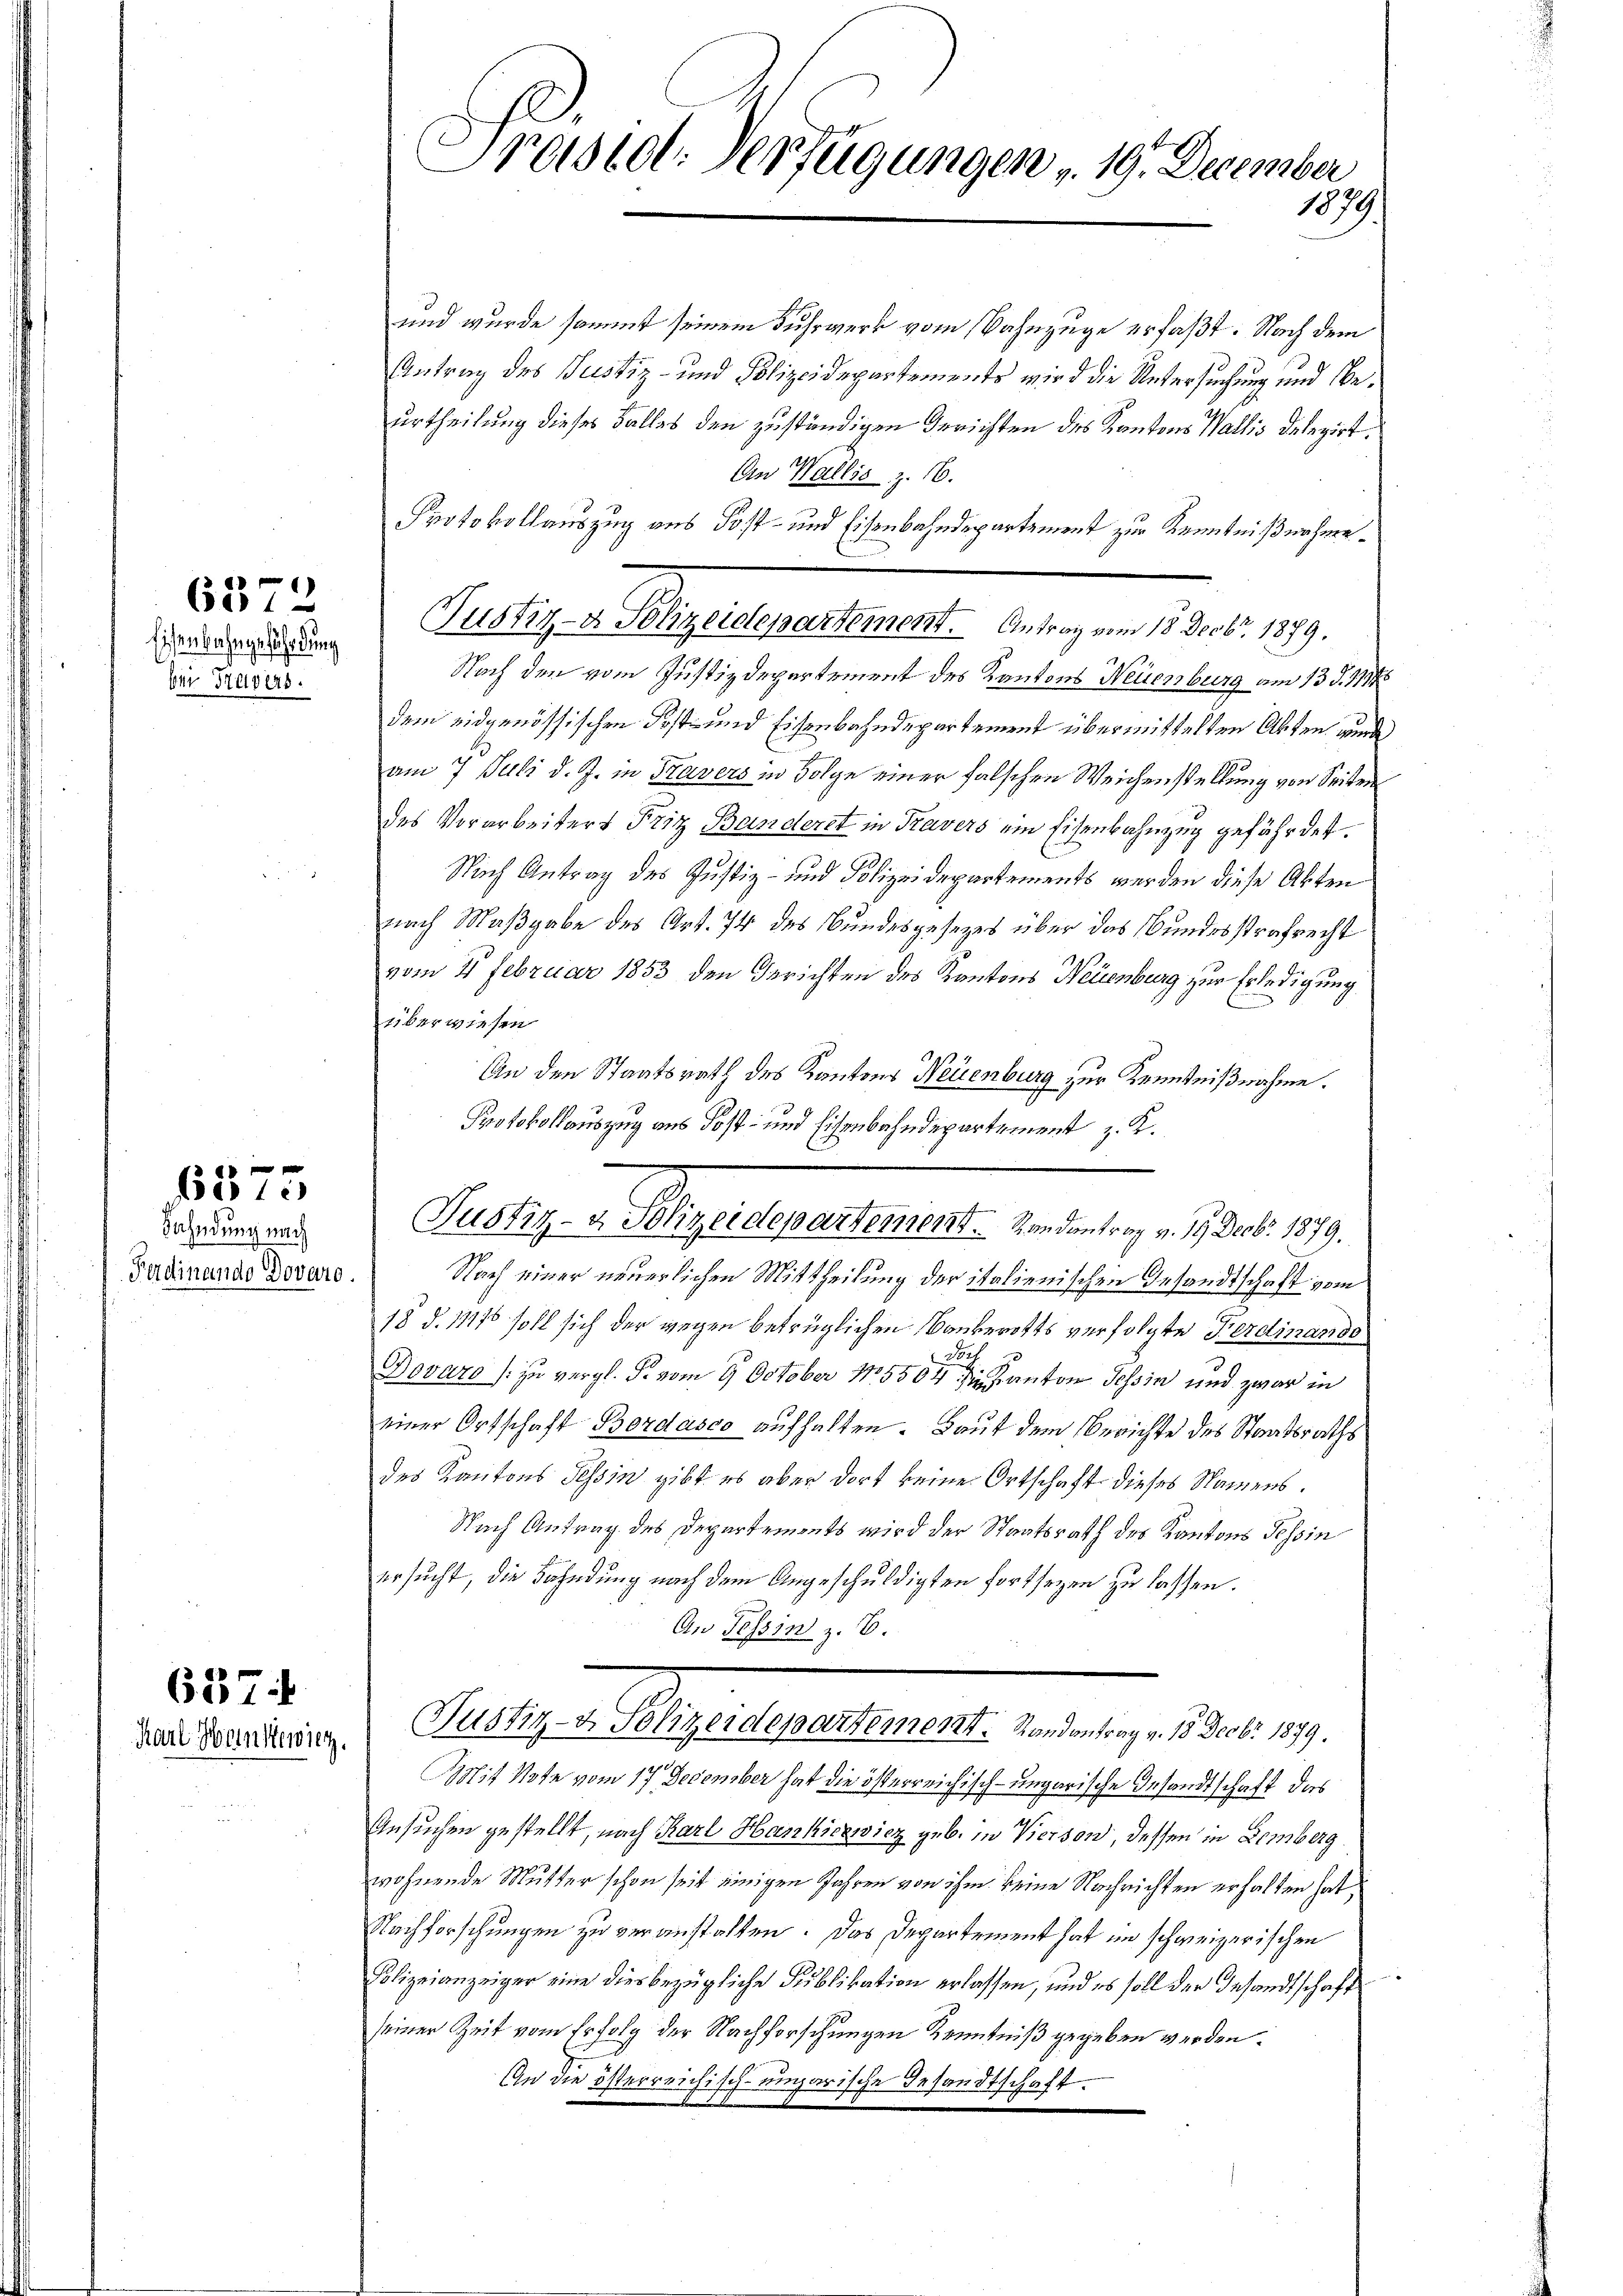
Eisenbahngefährdung
bei Travers.

6372

perte
Fahndung nach

Ferdinando Dovaro.

637
Karl Heinrewig.

Präsidl-Verfügungen v. 19. December
1879

und wurde sammt seinem Fuhrwerk vom Bahnzüge erfaßt. Nach dem
Antrag des Justiz- und Polizeidepartements wird die Untersuchung und Beurtheilung dieses Falles den zuständigen Gerichten des Kantons Wallis Delegirt.
An Wallis Z. 16.
Protokollauszug aus Post- und Eisenbahndepartement zur Kenntnißnahme¬
Nach den vom Justizdepartement des Kantons Neuenburg am 13. d. 1114
dem eidgenössischen Post- und Eisenbahndepartement übermittelten Akten wurde
am 7 Juli d. J. in Travers in Folge einer falschen Weichenstellung von Seiten
des Vorarbeiters Fritz Banderet in Travers ein Eisenbahnzug gefährdet.
Nach Antrag des Justiz- und Polizeidepartements werden diese Akten
nach Maßgabe des Art. 74 des Bundesgesezes über das Bundesstrafrecht
vom 4. Februar 1853 den Gerichten des Kantons Neuenburg zur Erledigung
überwiesen
An den Staatsrath des Kantons Neuenburg zur Kenntnißnahme.
Protokollauszug aus Kost- und Eisenbahndepartement z. K.
Puely v. Kugeregeltenert. In deutung . . . . 1879.
Nach einer neuerlichen Mittheilung der italienischen Gesandtschaft vom
18 d. 11116 soll sich der wegen betrüglichen Bauberotts verfolgte Ferdinando
.
Dovaro zu vergl. P. vom 9. October 185504 die Kanton Tessin und zwar in
einer Ortschaft Bordasco aufhalten. Baut dem Berichte des Staatsraths
des Kantons Tessin gibt es aber dort keine Ortschaft dieses Namens.
Nach Antrag des Departements wird der Staatsrath des Kantons Tessin
ersucht, die Fahndung nach dem Angeschuldigten fortsezen zu lassen.
An Tessin z. B.
Justiz- & Polizeidepartement. Randantrag v. 18. Decbr 1879.
Mit Note vom 17. December hat die österreichisch-ungarische Gesandtschaft das
Ansuchen gestellt, nach Karl Hankiewicz geb. in Vierson, dessen in Lemberg
wohnende Mutter schon seit einigen Jahren von ihm keine Nachrichten erhalten hat,
Nachforschungen zu veranstalten. Das Departement hat im schweizerischen
Polizeianzeiger eine diesbezügliche Publikation erlassen, und es soll der Gesandtschaft
seiner Zeit vom Erfolg der Nachforschungen Kenntniß gegeben werden.
An die österreichisch-ungarische Gesandtschaft.

Justiz- & Polizeidepartement. Antrag vom 18. Decbr. 1879.